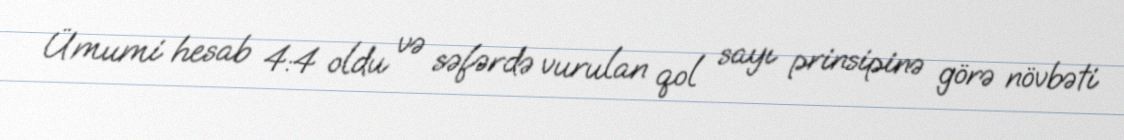
Ümumi hesab 4:4 oldu və səfərdə vurulan qol sayı prinsipinə görə növbəti